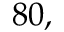
8 0 ,